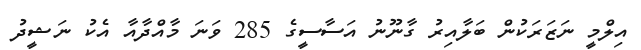
އިލްމީ ނަޒަރަކުން ބަލާއިރު ގާނޫނު އަސާސީގެ 285 ވަނަ މާއްދާއާ އެކު ނަޝީދު